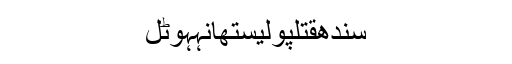
سندھقتلپولیستھانہہوٹل